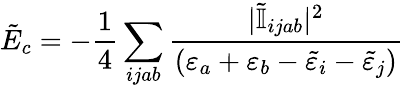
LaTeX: \tilde{E}_{c}=-\frac{1}{4}\sum_{ijab}\frac{|\tilde{\mathbb{I}}_{ijab}|^{2}}{(\varepsilon_{a}+\varepsilon_{b}-\tilde{\varepsilon}_{i}-\tilde{\varepsilon}_{j})}